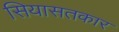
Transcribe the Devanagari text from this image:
सियासतकार